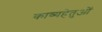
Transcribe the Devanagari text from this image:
काव्यहेतुओं